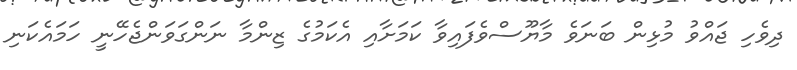
ދިވެހި ޖައްވު މުޅިން ބަނަވެ މާޔޫސްވެފައިވާ ކަމަށާއި އެކަމުގެ ޒިންމާ ނަންގަވަންޖެހޭނީ ހަމައެކަނި